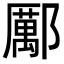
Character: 𨞺